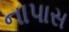
નાપાસ